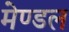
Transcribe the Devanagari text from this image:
मेण्डल